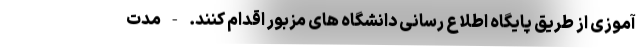
آموزی از طریق پایگاه اطلاع رسانی دانشگاه های مزبور اقدام کنند. - مدت